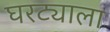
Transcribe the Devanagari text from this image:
घरट्याला